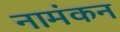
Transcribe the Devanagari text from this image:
नामंकन